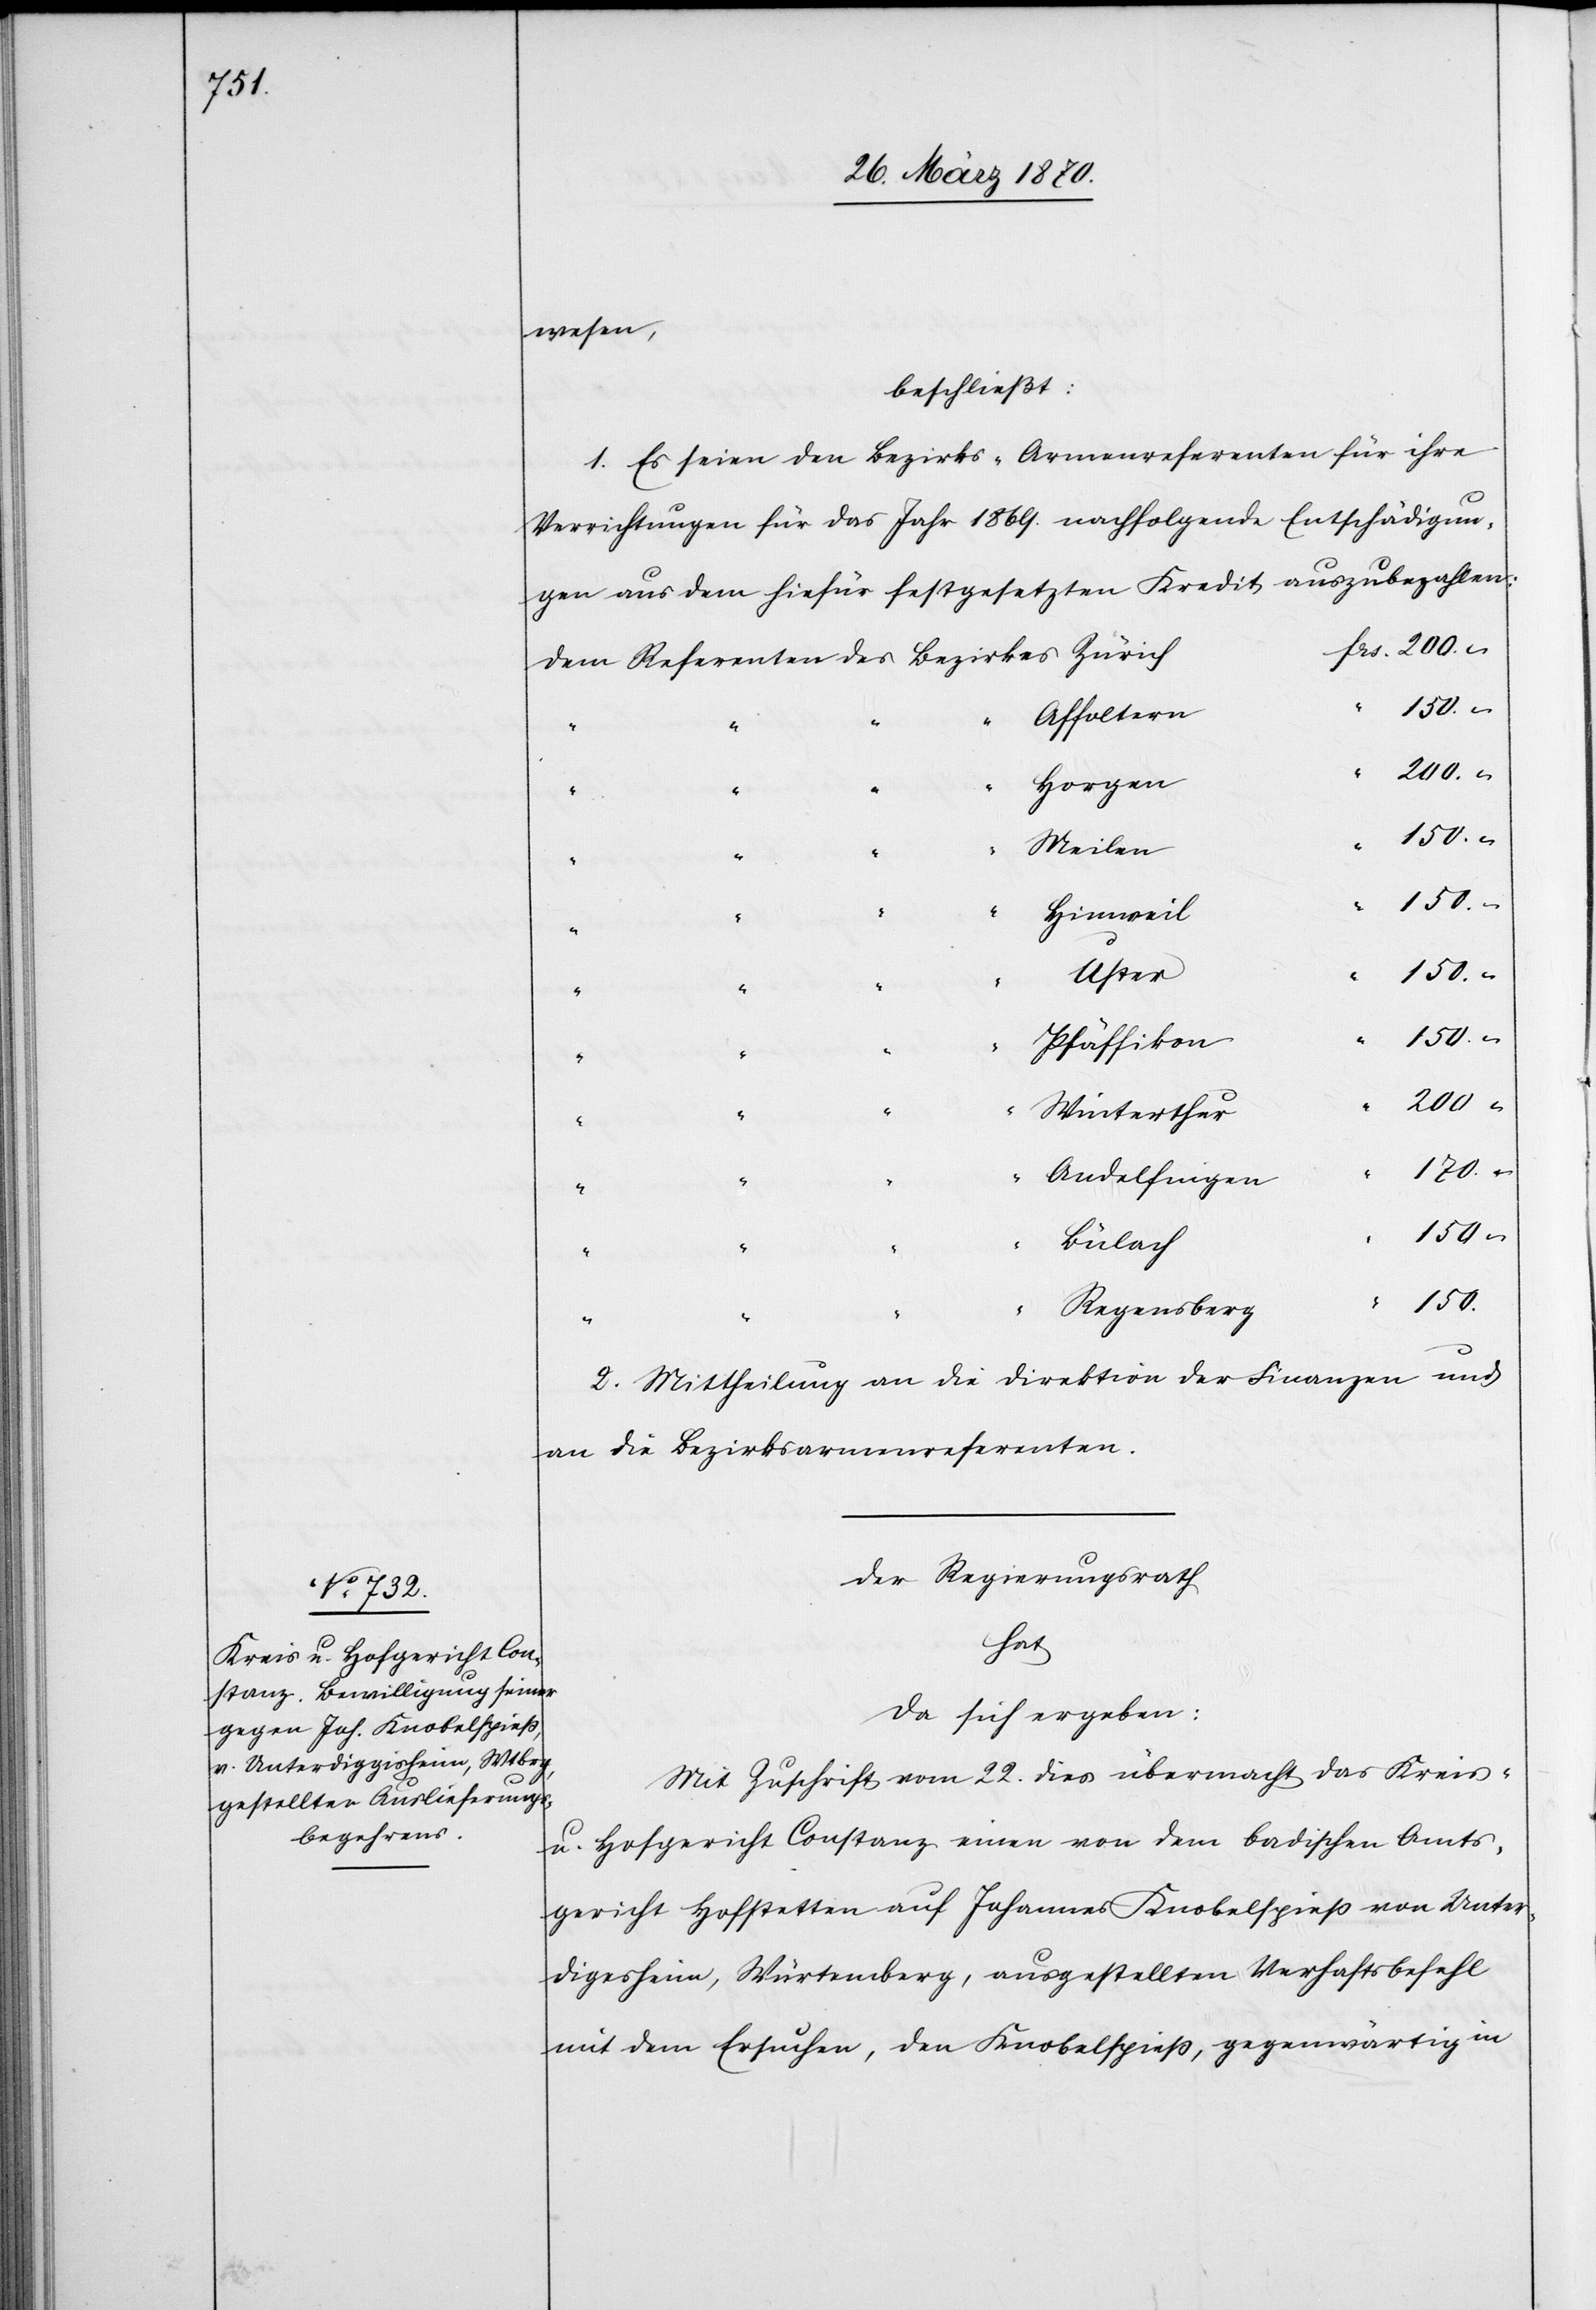
wesen,
beschließt:
1. Es seien den Berzirks-Armenreferenten für ihre
frs.
Verrichtungen für das Jahr 1869. nachfolgende Entschädigun¬
gen aus dem hiefür festgesetzten Kredit auszubezahlen:
Affoltern
200.–
Horgen
Meilen
“
150.–
“
Hinweil
“
150.–
Uster
Pfäffikon
“
Winterthur
“
170.–
Andelfingen
“
Bülach
Regensberg
2. Mittheilung an die Direktion der Finanzen und
an die Bezirksarmenreferenten.
Der Regierungsrath
hat
da sich ergeben:
Mit Zuschrift vom 22. dies übermacht das Kreis-
u. Hofgericht Constanz einen von dem badischen Amts¬
gericht Hofstetten auf Johannes Knobelspieß von Unter¬
digesheim [sic!], Würtemberg, ausgestellten Verhaftsbefehl
mit dem Ersuchen, den Knobelspieß, gegenwärtig in